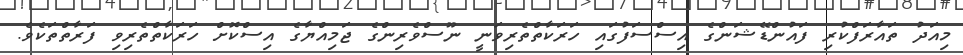
މިއަދު ތައާރަފްކުރި ފައުންޑޭޝަންގެ އިސްސަފުގައި ހަރަކާތްތެރިވަނީ ނޫސްވެރިންގެ ޖަމިއްޔާގެ އިސްކޮށް ހަރަކާތްތެރިވި ފަރާތްތަކެވެ.